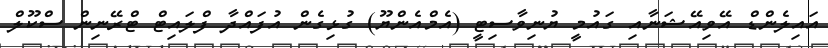
އައިލެންޑް އޭވިއޭޝަނާއި ގައުމީ ޔުނިވާސިޓީ (އެމްއެންޔޫ) ގުޅިގެން އުފައްދާ ފްލައިޓް ޓްރޭނިން ސްކޫލް